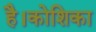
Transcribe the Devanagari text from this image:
है।कोशिका